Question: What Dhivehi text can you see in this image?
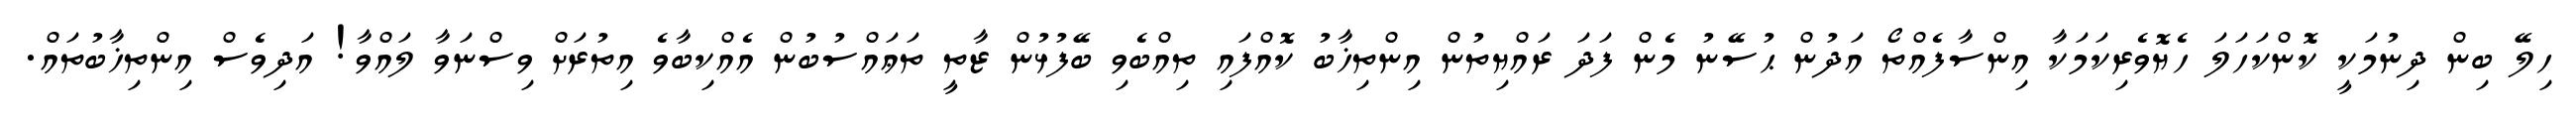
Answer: ހިލޭ ބިން ދިނުމަކީ ކޮންކަހަލަ ހެޔޮވެރިކަމަކާ އިންސާފެއްތޯ އަދުން ޙުސޭނު މެން ފަދަ ރައްޔިތުން އިންތިޚާބު ކޮއްފައި ތިއްބެވި ބޭފުޅުން ޒާތީ ތަޢައްސުބުން އެއްކިބާވެ އިތުރަށް ވިސްނަވާ ލައްވާ! އަދިވެސް އިންތިޚާބުތައް.